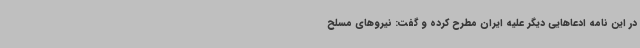
در این نامه ادعاهایی دیگر علیه ایران مطرح کرده و گفت: نیروهای مسلح